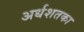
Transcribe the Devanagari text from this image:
अर्धशतका